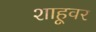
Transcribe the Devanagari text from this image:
शाहूवर